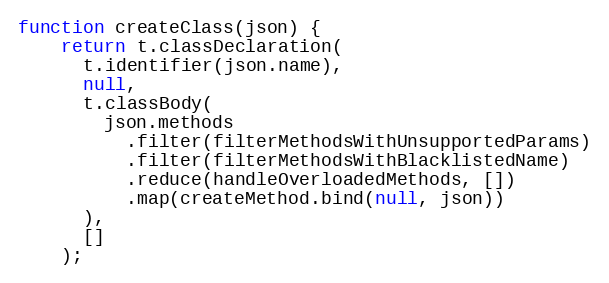
Language: JavaScript
function createClass(json) {
    return t.classDeclaration(
      t.identifier(json.name),
      null,
      t.classBody(
        json.methods
          .filter(filterMethodsWithUnsupportedParams)
          .filter(filterMethodsWithBlacklistedName)
          .reduce(handleOverloadedMethods, [])
          .map(createMethod.bind(null, json))
      ),
      []
    );